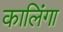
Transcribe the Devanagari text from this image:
कालिंगा